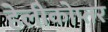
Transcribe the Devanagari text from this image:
हेलीकोप्तर